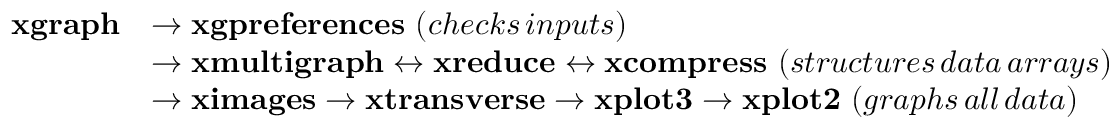
\begin{array} { r l } { \mathbf { x g r a p h } } & { \rightarrow \mathbf { x g p r e f e r e n c e s } \, \, ( c h e c k s \, i n p u t s ) } \\ & { \rightarrow \mathbf { x m u l t i g r a p h } \leftrightarrow \mathbf { x r e d u c e \leftrightarrow \mathbf { x c o m p r e s s } } \, \, ( s t r u c t u r e s \, d a t a \, a r r a y s ) } \\ & { \rightarrow \mathbf { x i m a g e s } \rightarrow \mathbf { x t r a n s v e r s e } \rightarrow \mathbf { x p l o t 3 } \rightarrow \mathbf { x p l o t 2 } \, \, ( g r a p h s \, a l l \, d a t a ) } \end{array}